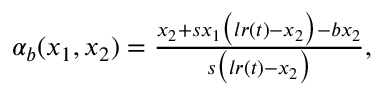
\begin{array} { r } { \alpha _ { b } ( x _ { 1 } , x _ { 2 } ) = \frac { x _ { 2 } + s x _ { 1 } \big ( l r ( t ) - x _ { 2 } \big ) - b x _ { 2 } } { s \big ( l r ( t ) - x _ { 2 } \big ) } , } \end{array}